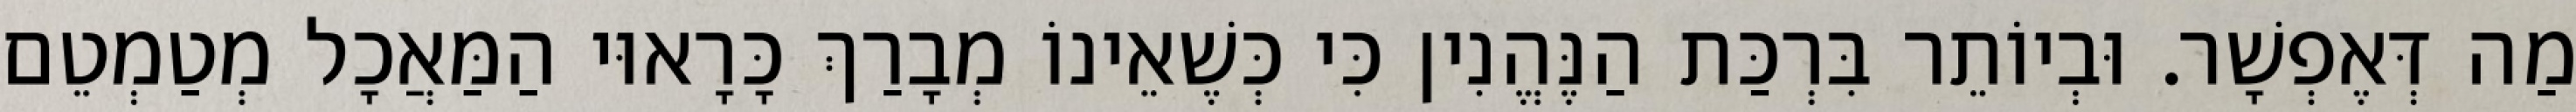
מַה דְּאֶפְשָׁר. וּבְיוֹתֵר בִּרְכַּת הַנֶּהֱנִין כִּי כְּשֶׁאֵינוֹ מְבָרַךְ כָּרָאוּי הַמַּאֲכָל מְטַמְטֵם